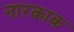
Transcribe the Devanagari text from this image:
नारकाक